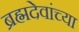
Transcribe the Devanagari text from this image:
ब्रह्मदेवांच्या